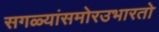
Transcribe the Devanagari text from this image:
सगळ्यांसमोरउभारतो